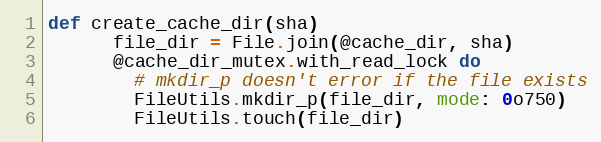
Language: Ruby
def create_cache_dir(sha)
      file_dir = File.join(@cache_dir, sha)
      @cache_dir_mutex.with_read_lock do
        # mkdir_p doesn't error if the file exists
        FileUtils.mkdir_p(file_dir, mode: 0o750)
        FileUtils.touch(file_dir)